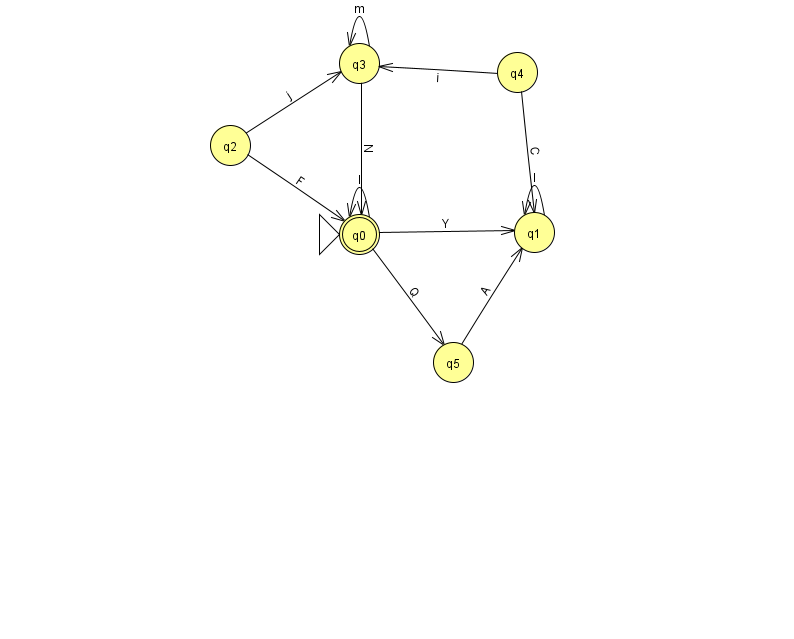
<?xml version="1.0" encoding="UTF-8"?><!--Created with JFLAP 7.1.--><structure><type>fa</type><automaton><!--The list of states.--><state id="0" name="q0"><x>359.0</x><y>221.0</y><initial/><final/></state><state id="1" name="q1"><x>534.0</x><y>219.0</y></state><state id="2" name="q2"><x>230.0</x><y>132.0</y></state><state id="3" name="q3"><x>359.0</x><y>50.0</y></state><state id="4" name="q4"><x>517.0</x><y>59.0</y></state><state id="5" name="q5"><x>453.0</x><y>349.0</y></state><!--The list of transitions.--><transition><from>2</from><to>3</to><read>j</read></transition><transition><from>4</from><to>3</to><read>i</read></transition><transition><from>0</from><to>1</to><read>Y</read></transition><transition><from>1</from><to>1</to><read>I</read></transition><transition><from>4</from><to>1</to><read>C</read></transition><transition><from>0</from><to>5</to><read>Q</read></transition><transition><from>3</from><to>0</to><read>N</read></transition><transition><from>5</from><to>1</to><read>A</read></transition><transition><from>0</from><to>0</to><read>l</read></transition><transition><from>2</from><to>0</to><read>F</read></transition><transition><from>3</from><to>3</to><read>m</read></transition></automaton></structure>